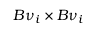
B { \nu } _ { i } \times B { \nu } _ { i }